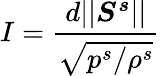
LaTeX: I=\frac{d\vert\vert\boldsymbol{S^{s}}\vert\vert}{\sqrt{p^{s}/\rho^{s}}}